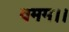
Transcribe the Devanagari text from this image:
वमम।।